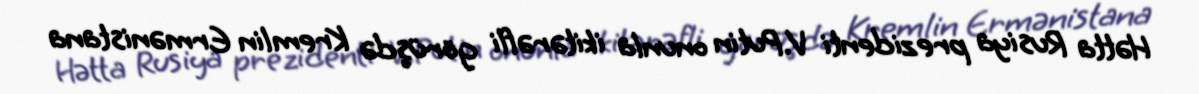
Hətta Rusiya prezidenti V.Putin onunla ikitərəfli görüşdə Kremlin Ermənistana